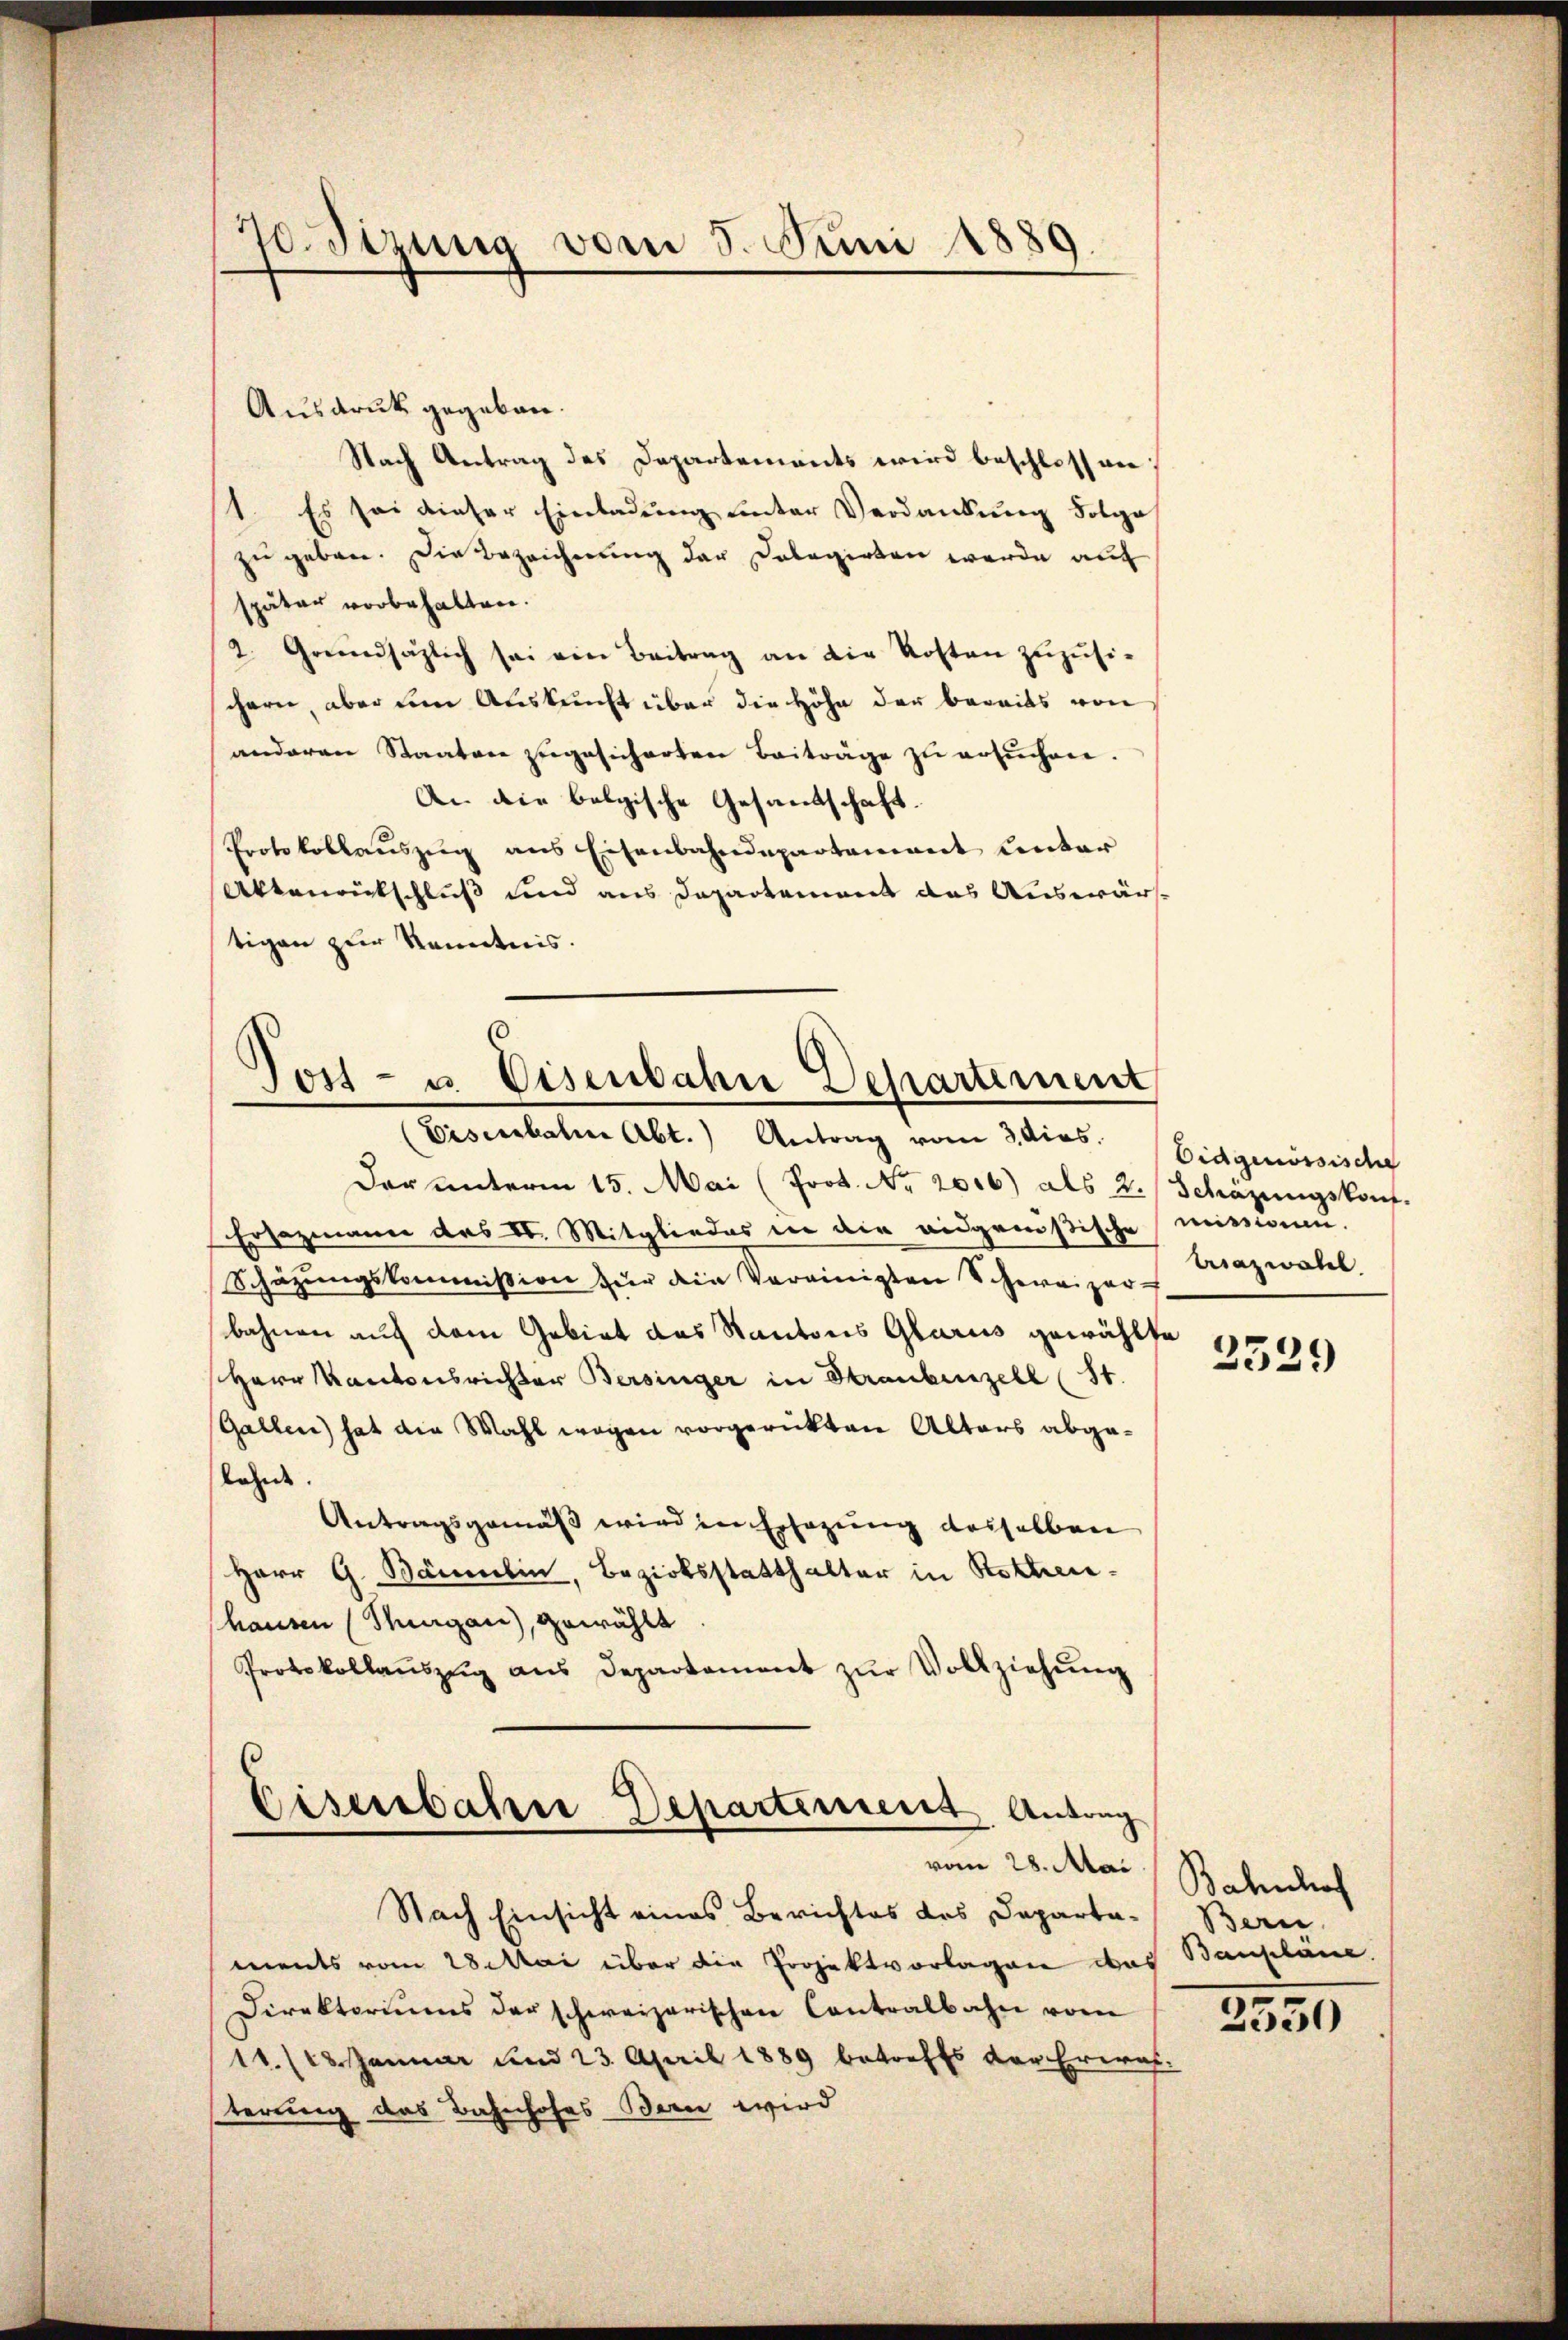
Ausdruck gegeben.
Nach Antrag des Departements wird beschlossen
1. Es sei dieser Einladung unter Verdankung Folge
zu geben. Die Bezeichnung der Dolegirten werde auf
später vorbehalten.
2. Grundsätzlich sei ein Beitrag an die Kosten zŭzŭsi-
schern, aber dem Auskunft über die Höhe der bereits von
anderen Staaten zugesicherten Beiträge zu ersŭchen.
An die belgische Gesandschaft.
Protokollauszug aus Eisenbahndepartement unter
Altenrutschluß und aus Departement das Auswärtigen zur Kenntnis.
¬

70. Sizung vom 5. Juni 1889

Tost- u. Eisenbahn Departement
(Eisenbahne Abt. Antrag vom 3. dies.

Der unterm 15. Mai (Prot. Nr. 2000) als 2. Schäzŭngskont.
Ersazmann das IV. Mitgliedes in die eidgenößische
Schäzungskommission zur die Vereinigten Schweizer-
bahnen auf dem Gebiet das Kantons Glarus gewählte
Herr Kantonsrichter Bersinger in Straubenzell (St.
Galler) hat die Wahl wegen vorgerückten Alters abgelahnde.
Antragsgemäß wird in Ersezung desselben
Herr G. Bäumlin, Bezirksstatthalter in Rottenhausen (Sargau), gewählt
Protokollaŭszŭg aŭs Departement zŭr Vollziehŭng

Eisenbahne Departement Antrag
vom 28. Mai

Nach Einsicht eines Berichtes des Departaments vom 28. Mai über die Projektvorlagen das Baupläne.
Direktoriums der schweizerischen Contralbahn vom
11 (13. Januar und 23. April 1889 betreffs der Erwäh-
terung des Bahnhofes Bern wird

Eidgenössische
missionen.
Brazwahl.

2539

Bahnhof
Bern

2530